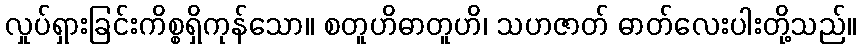
လှုပ်ရှားခြင်းကိစ္စရှိကုန်သော။ စတူဟိဓာတူဟိ၊ သဟဇာတ် ဓာတ်လေးပါးတို့သည်။